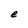
Character: e